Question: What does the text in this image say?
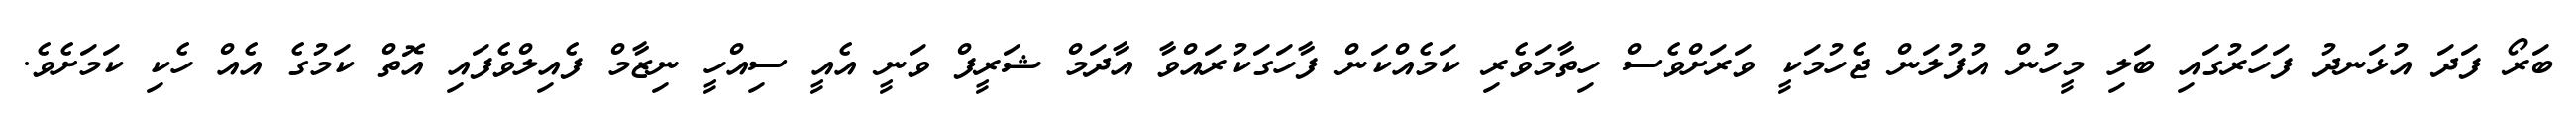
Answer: ބަރޯ ފަދަ އުޅަނދު ފަހަރުގައި ބަލި މީހުން އުފުލަން ޖެހުމަކީ ވަރަށްވެސް ހިތާމަވެރި ކަމެއްކަން ފާހަގަކުރައްވާ އާދަމް ޝަރީފް ވަނީ އެއީ ސިއްހީ ނިޒާމް ފެއިލްވެފައި އޮތް ކަމުގެ އެއް ހެކި ކަމަށެވެ.